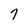
Character: 7